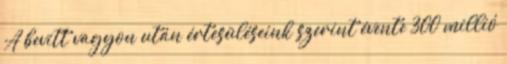
A bevitt vagyon után értesüléseink szerint évente 300 millió